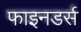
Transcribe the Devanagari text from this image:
फाइनडर्स